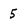
Character: 5